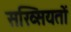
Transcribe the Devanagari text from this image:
सख्सियतों